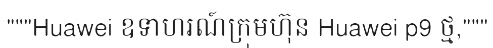
"""Huawei ឧទាហរណ៍ក្រុមហ៊ុន Huawei p9 ថ្ម,"""